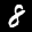
Label: 8